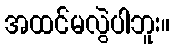
အထင်မလွဲပါဘူး။